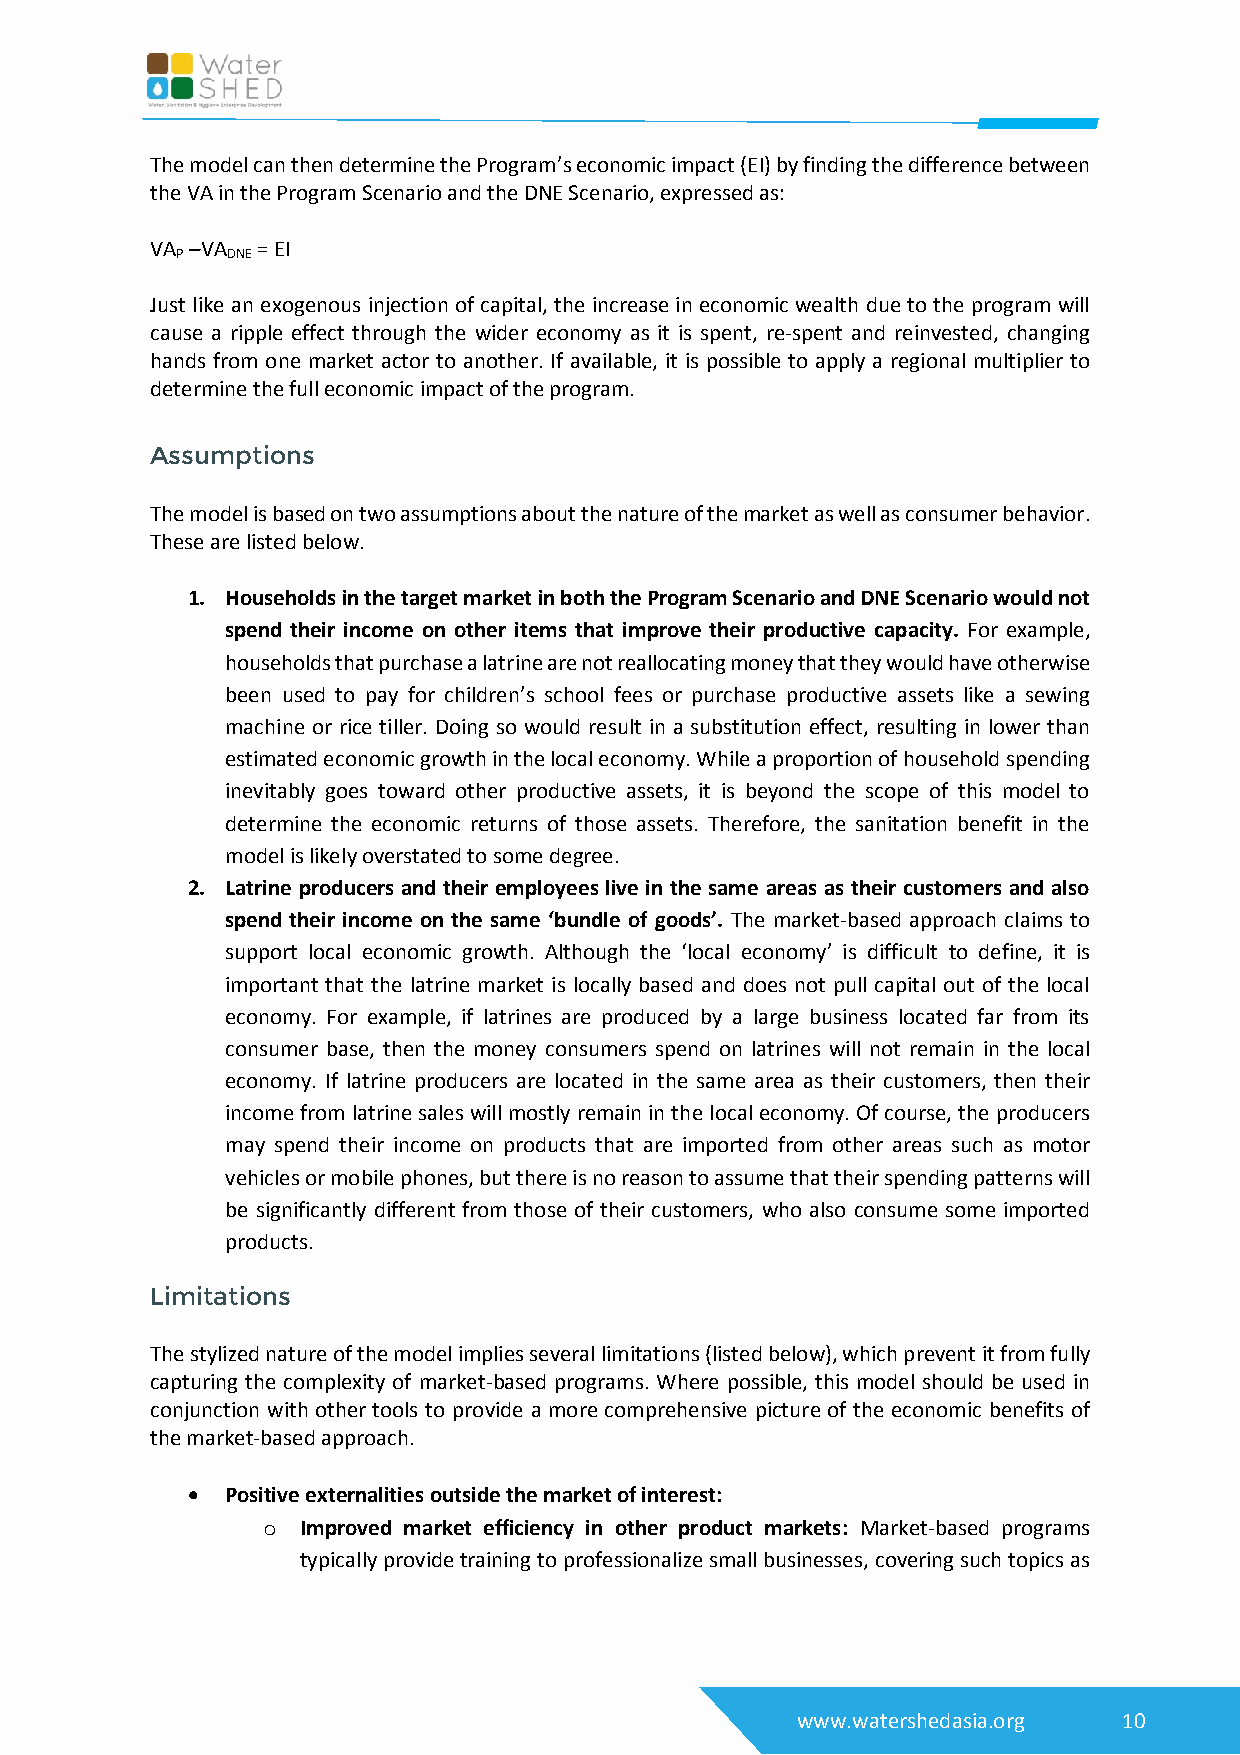
The model can then determine the Program’s economic impact (EI) by finding the difference between
 the VA in the Program Scenario and the DNE Scenario, expressed as:
 VA –VA = EI
 P  DNE
 Just like an exogenous injection of capital, the increase in economic wealth due to the program will
 cause a ripple effect through the wider economy as it is spent, re-spent and reinvested, changing
 hands from one market actor to another. If available, it is possible to apply a regional multiplier to
 determine the full economic impact of the program.
 Assumptions
 The model is based on two assumptions about the nature of the market as well as consumer behavior.
 These are listed below.
 1. Households in the target market in both the Program Scenario and DNE Scenario would not
 spend their income on other items that improve their productive capacity. For example,
 households that purchase a latrine are not reallocating money that they would have otherwise
 been used to pay for children’s school fees or purchase productive assets like a sewing
 machine or rice tiller. Doing so would result in a substitution effect, resulting in lower than
 estimated economic growth in the local economy. While a proportion of household spending
 inevitably goes toward other productive assets, it is beyond the scope of this model to
 determine the economic returns of those assets. Therefore, the sanitation benefit in the
 model is likely overstated to some degree.
 2. Latrine producers and their employees live in the same areas as their customers and also
 spend their income on the same ‘bundle of goods’. The market-based approach claims to
 support local economic growth. Although the ‘local economy’ is difficult to define, it is
 important that the latrine market is locally based and does not pull capital out of the local
 economy. For example, if latrines are produced by a large business located far from its
 consumer base, then the money consumers spend on latrines will not remain in the local
 economy. If latrine producers are located in the same area as their customers, then their
 income from latrine sales will mostly remain in the local economy. Of course, the producers
 may spend their income on products that are imported from other areas such as motor
 vehicles or mobile phones, but there is no reason to assume that their spending patterns will
 be significantly different from those of their customers, who also consume some imported
 products.
 Limitations
 The stylized nature of the model implies several limitations (listed below), which prevent it from fully
 capturing the complexity of market-based programs. Where possible, this model should be used in
 conjunction with other tools to provide a more comprehensive picture of the economic benefits of
 the market-based approach.
   Positive externalities outside the market of interest:
 o  Improved market efficiency in other product markets: Market-based programs
 typically provide training to professionalize small businesses, covering such topics as
 www.watershedasia.org 10